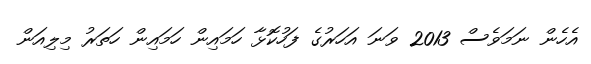
އެހެން ނަމަވެސް 2013 ވަނަ އަހަރުގެ ފަހުކޮޅާ ހަމައިން ހަމައިން ހަތަރު މިލިއަން